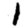
Digit: 1